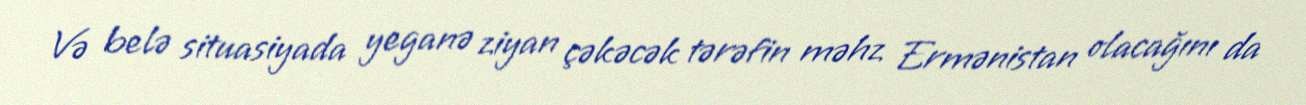
Və belə situasiyada yeganə ziyan çəkəcək tərəfin məhz Ermənistan olacağını da